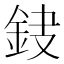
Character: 𨥻